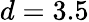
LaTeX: d=3.5